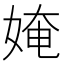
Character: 㛪